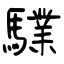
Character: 驜